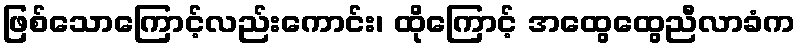
ဖြစ်သောကြောင့်လည်းကောင်း၊ ထိုကြောင့် အထွေထွေညီလာခံက